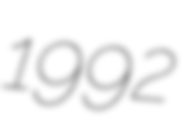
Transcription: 1992